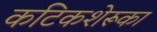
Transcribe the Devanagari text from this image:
कटिकशेरूका